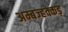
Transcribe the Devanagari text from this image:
अम्बज्हक्कड़